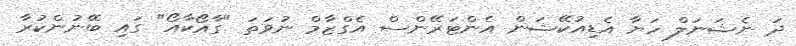
ދަ ނެޝަނަލް ހަޔާ އެޑިއުކޭޝަން އެންޓަރޭންސް އެގްޒާމް ނުވަތަ "ގާއޯކާއޯ" ގައި ބޭނުންކުރާ